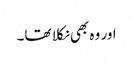
اور وہ بھی نکلا تھا۔